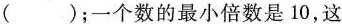
( )；一个数的最小倍数是10，这